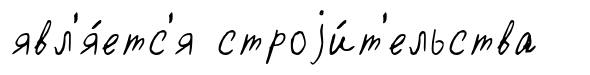
явл'я́етс'я строjи́т'ельства